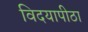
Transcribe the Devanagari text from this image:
विदयापीठा